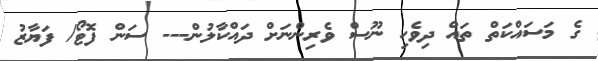
ގެ މަސައްކަތް ތައް ދިވެހި ނޫސް ވެރިންނަށް ދައްކާލުން--- ސަން ފޮޓޯ/ ފަޔާޒު